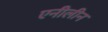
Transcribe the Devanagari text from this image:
एनीलीन